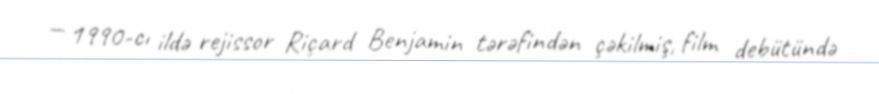
— 1990-cı ildə rejissor Riçard Benjamin tərəfindən çəkilmiş, film debütündə